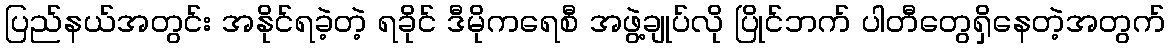
ပြည်နယ်အတွင်း အနိုင်ရခဲ့တဲ့ ရခိုင် ဒီမိုကရေစီ အဖွဲ့ချုပ်လို ပြိုင်ဘက် ပါတီတွေရှိနေတဲ့အတွက်